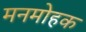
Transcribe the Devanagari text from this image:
मनमोहक